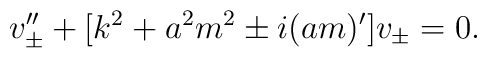
v_\pm''+[k^2+a^2 m^2 \pm i(a m)']v_\pm=0.